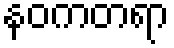
နဝကတရာ